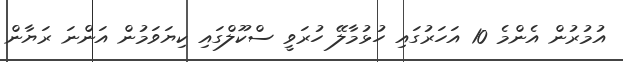
އުމުރުން އެންމެ 10 އަހަރުގައި ހުޅުމާލޭ ހުރަވީ ސްކޫލްގައި ކިޔަވަމުން އަންނަ ރަޔާން